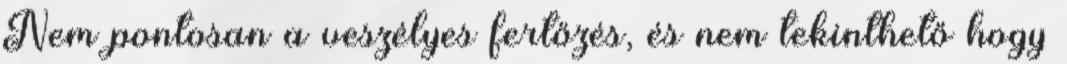
Nem pontosan a veszélyes fertőzés, és nem tekinthető hogy